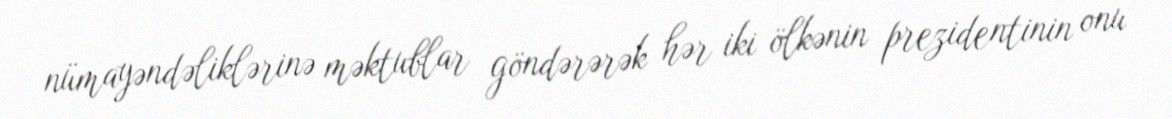
nümayəndəliklərinə məktublar göndərərək hər iki ölkənin prezidentinin onu